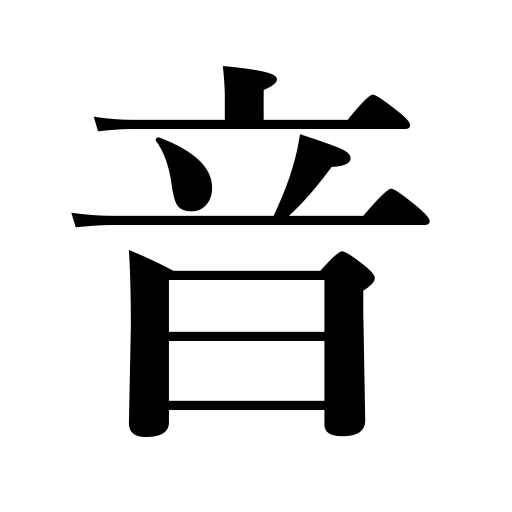
Meanings: tone,noise,chirping,sound,pronunciation,fame,roar,note,voice